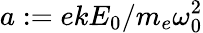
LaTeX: a:=ekE_{0}/m_{e}\omega_{0}^{2}